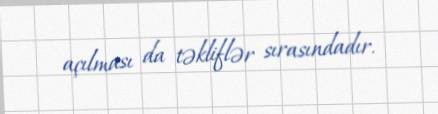
açılması da təkliflər sırasındadır.